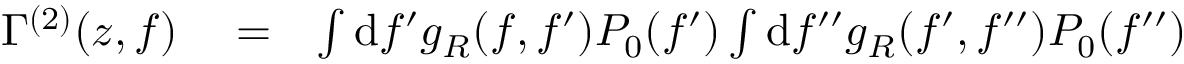
\begin{array} { r l r } { \Gamma ^ { ( 2 ) } ( z , f ) } & { { } = } & { \int \mathrm { d } f ^ { \prime } g _ { R } ( f , f ^ { \prime } ) P _ { 0 } ( f ^ { \prime } ) \int \mathrm { d } f ^ { \prime \prime } g _ { R } ( f ^ { \prime } , f ^ { \prime \prime } ) P _ { 0 } ( f ^ { \prime \prime } ) } \end{array}